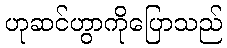
ဟုဆင်ဟွာကိုပြောသည်